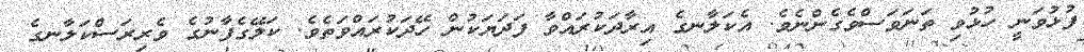
ފުޅުވަނީ ހުޅުވި ތަނަވަސްވެގެންނެވެ. އެކަލާނގެ އިރާދަކުރައްވާ ފަދަޔަކުން ހޭދަކުރައްވަތެވެ. ކަލޭގެފާނުގެ ވެރިރަސްކަލާނގެ